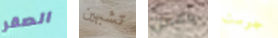
الصقر تشبهين مهمن جوست